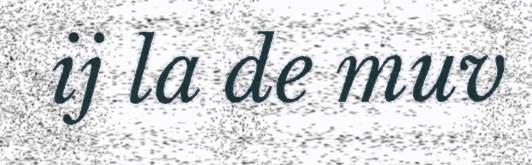
ij la de muv